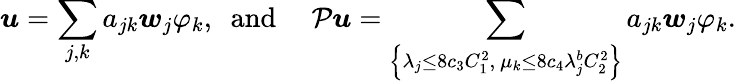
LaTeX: \boldsymbol{u}=\sum_{j,k}a_{jk}\boldsymbol{w}_{j}\varphi_{k},\ \mathrm{~and~}\quad\mathcal{P}\boldsymbol{u}=\sum_{\left\{ \lambda_{j}\leq 8c_{3}C_{1}^{2},\ \mu_{k}\leq 8c_{4}\lambda_{j}^{b}C_{2}^{2}\right\} }a_{jk}\boldsymbol{w}_{j}\varphi_{k}.